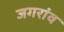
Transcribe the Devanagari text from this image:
जगरांव